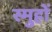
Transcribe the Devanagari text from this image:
स्मुहों